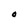
Character: O